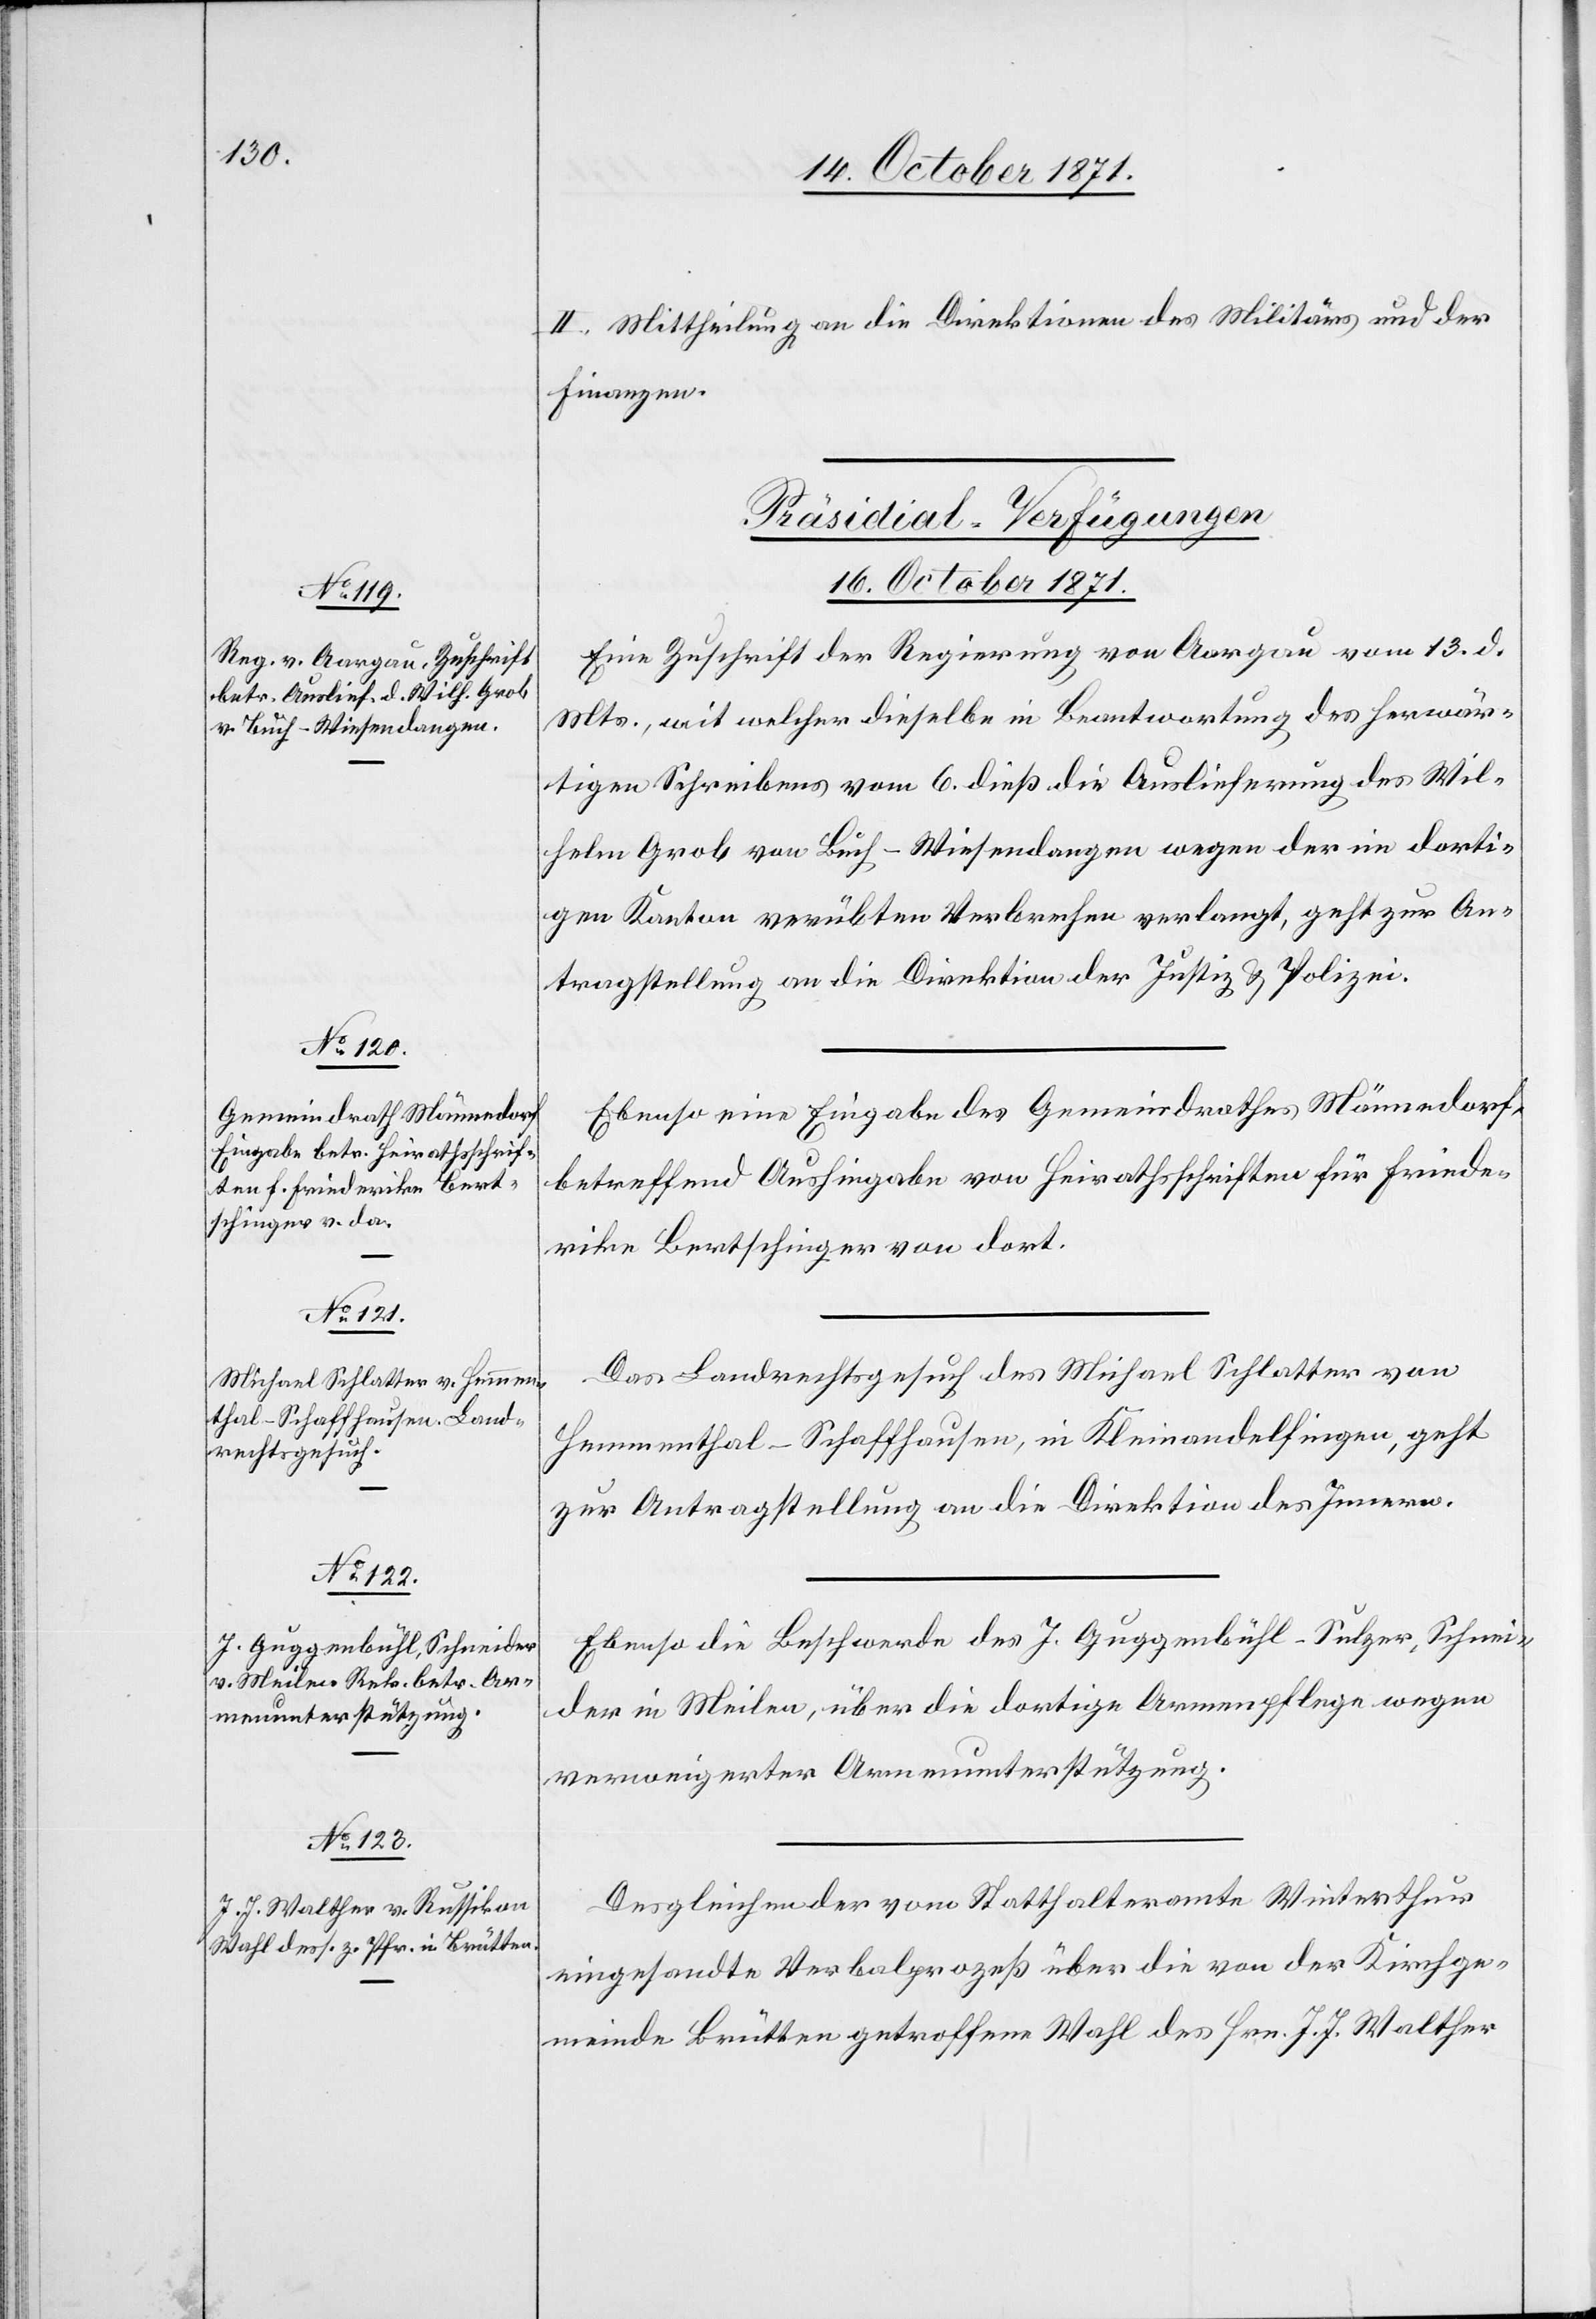
II. Mittheilung an die Direktionen des Militärs und der
Finanzen.
[Präsidial-Verfügungen
16. October 1871.]
Eine Zuschrift der Regierung von Aargau vom 13. d.
Mts., mit welcher dieselbe in Beantwortung des herwär¬
tigen Schreibens vom 6. dieß die Auslieferung des Wil¬
helm Grob von Buch - Wiesendangen wegen der im dorti¬
gen Kanton verübten Verbrechen verlangt, geht zur An¬
tragstellung an die Direktion der Justiz & Polizei.
Ebenso eine Eingabe des Gemeindrathes Männedorf
betreffend Aushingabe von Heirathsschriften für Friede¬
rike Bertschinger von dort.
Das Landrechtsgesuch des Michael Schlatter von
Hemmenthal-Schaffhausen, in Kleinandelfingen, geht
zur Antragstellung an die Direktion des Innern.
Ebenso die Beschwerde des J. Guggenbühl-Sulzer, Schnei¬
der in Meilen, über die dortige Armenpflege wegen
verweigerter Armenunterstützung.
Desgleichen der vom Statthalteramte Winterthur
eingesandte Verbalprozeß über die von der Kirchge¬
meinde Brütten getroffene Wahl des Hrn. J. J. Walther